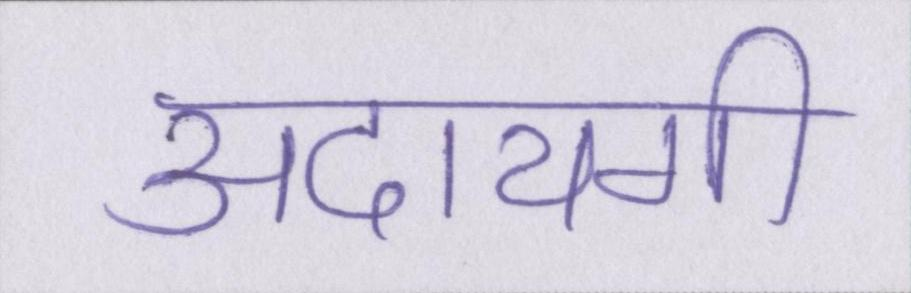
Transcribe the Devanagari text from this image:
अदायगी